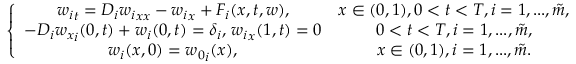
\left\{ \begin{array} { c c } { { w _ { i } } _ { t } = D _ { i } { w _ { i } } _ { x x } - { w _ { i } } _ { x } + F _ { i } ( x , t , w ) , } & { x \in ( 0 , 1 ) , 0 < t < T , i = 1 , . . . , \tilde { m } , } \\ { - D _ { i } { w _ { x } } _ { i } ( 0 , t ) + w _ { i } ( 0 , t ) = \delta _ { i } , \, { w _ { i } } _ { x } ( 1 , t ) = 0 } & { 0 < t < T , i = 1 , . . . , \tilde { m } , } \\ { w _ { i } ( x , 0 ) = { w _ { 0 } } _ { i } ( x ) , } & { x \in ( 0 , 1 ) , i = 1 , . . . , \tilde { m } . } \end{array} \right.